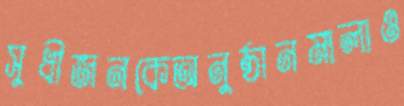
সুধীজনকেঅনুষ্ঠানমালাও